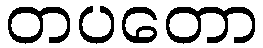
တပတော